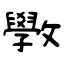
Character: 斆